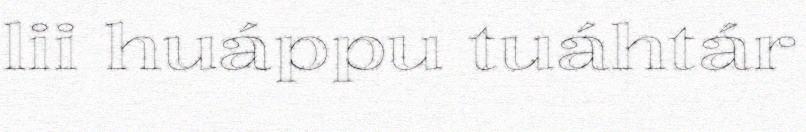
lii huáppu tuáhtár